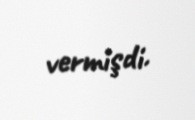
vermişdi.